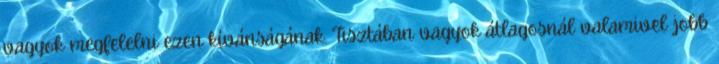
vagyok megfelelni ezen kívánságának. Tisztában vagyok átlagosnál valamivel jobb